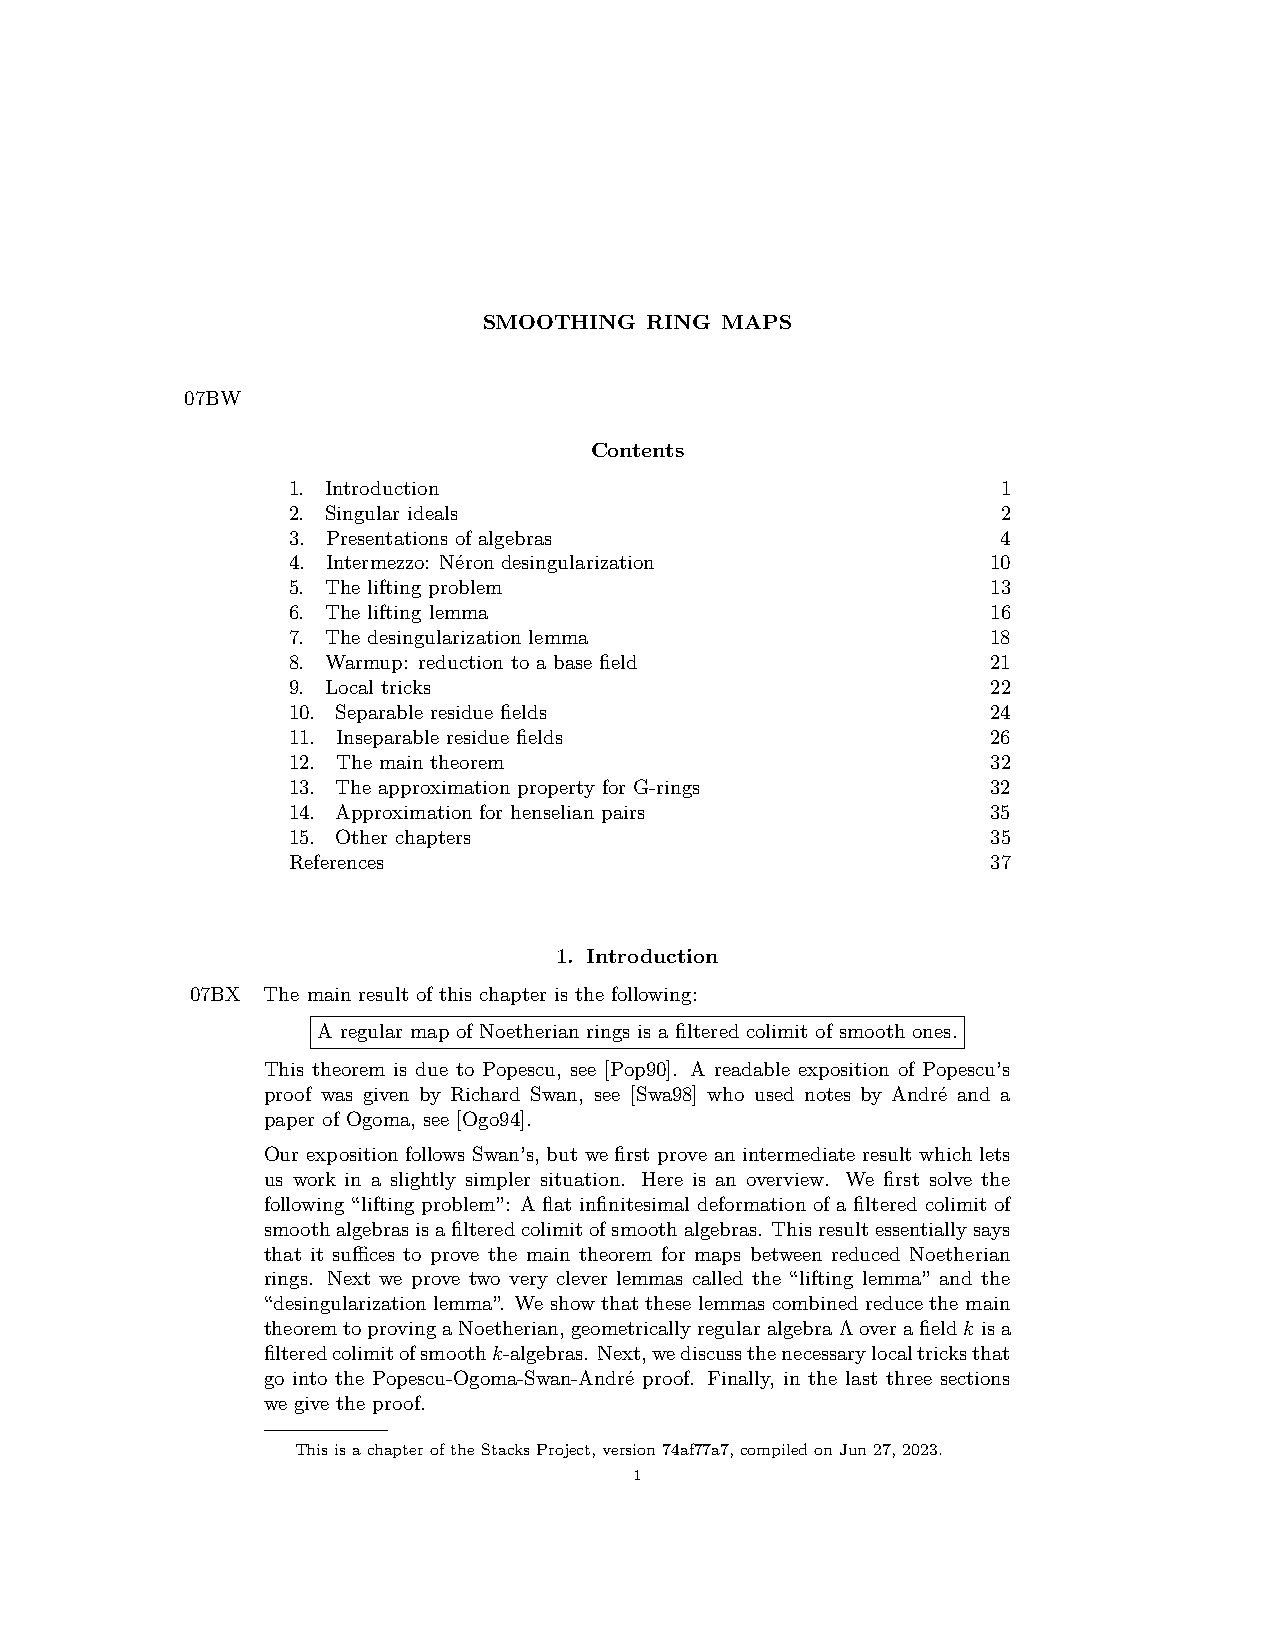
SMOOTHING  RING MAPS
 07BW
 Contents
 1. Introduction                                1
 2. Singular ideals                             2
 3. Presentations of algebras                   4
 4. Intermezzo: Néron desingularization         10
 5. The lifting problem                         13
 6. The lifting lemma                           16
 7. The desingularization lemma                 18
 8. Warmup: reduction to a base field           21
 9. Local tricks                                22
 10. Separable residue fields                   24
 11. Inseparable residue fields                 26
 12. The main theorem                           32
 13. The approximation property for G-rings     32
 14. Approximation for henselian pairs          35
 15. Other chapters                             35
 References                                     37
 1. Introduction
 07BX The main result of this chapter is the following:
 A regular map of Noetherian rings is a filtered colimit of smooth ones.
 This theorem is due to Popescu, see [Pop90]. A readable exposition of Popescu’s
 proof was given by Richard Swan, see [Swa98] who used notes by André and a
 paper of Ogoma, see [Ogo94].
 Our exposition follows Swan’s, but we first prove an intermediate result which lets
 us work in a slightly simpler situation. Here is an overview. We first solve the
 following “lifting problem”: A flat infinitesimal deformation of a filtered colimit of
 smoothalgebrasisafilteredcolimitofsmoothalgebras. Thisresultessentiallysays
 that it suffices to prove the main theorem for maps between reduced Noetherian
 rings. Next we prove two very clever lemmas called the “lifting lemma” and the
 “desingularization lemma”. We show that these lemmas combined reduce the main
 theoremtoprovingaNoetherian,geometricallyregularalgebraΛoverafieldk isa
 filteredcolimitofsmoothk-algebras. Next,wediscussthenecessarylocaltricksthat
 go into the Popescu-Ogoma-Swan-André proof. Finally, in the last three sections
 we give the proof.
 ThisisachapteroftheStacksProject,version74af77a7,compiledonJun27,2023.
 1